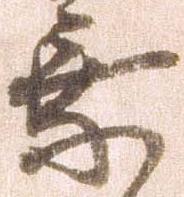
乗